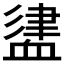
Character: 𧗃